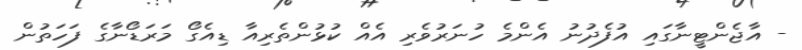
- އާޖެންޓީނާގައި އުފެދުނު އެންމެ ހުނަރުވެރި އެއް ކުޅުންތެރިއާ ޑިއެގޯ މަރަޑޯނާގެ ފަހަތުން